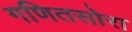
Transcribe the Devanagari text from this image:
गणितसोरा